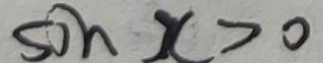
\sin x > 0